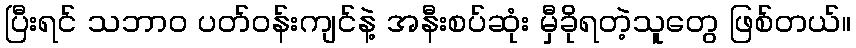
ပြီးရင် သဘာဝ ပတ်ဝန်းကျင်နဲ့ အနီးစပ်ဆုံး မှီခိုရတဲ့သူတွေ ဖြစ်တယ်။